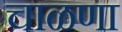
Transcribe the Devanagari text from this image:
चाळणा